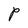
Character: P